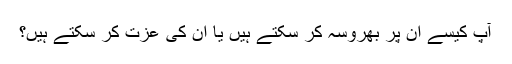
آپ کیسے ان پر بھروسہ کر سکتے ہیں یا ان کی عزت کر سکتے ہیں؟